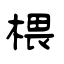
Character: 椳